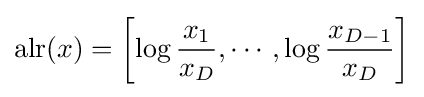
\operatorname {alr} (x)=\left[\log {\frac {x_{1}}{x_{D}}},\cdots ,\log {\frac {x_{D-1}}{x_{D}}}\right]